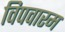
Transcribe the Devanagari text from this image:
विपवारम